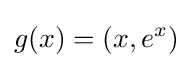
g(x)=\left(x,e^{x}\right)